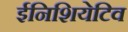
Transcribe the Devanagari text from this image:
ईनिशियेटिव